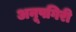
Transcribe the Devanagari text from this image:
अनूपगिरी